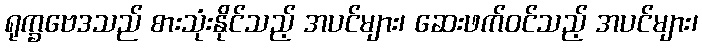
ရုက္ခဗေဒသည် စားသုံးနိုင်သည့် အပင်များ၊ ဆေးဖက်ဝင်သည့် အပင်များ၊